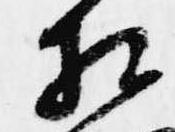
相